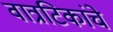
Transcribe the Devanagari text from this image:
वात्रटिकांचे